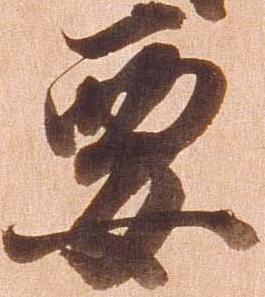
要